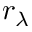
r _ { \lambda }